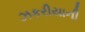
ઝકરીયાની